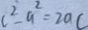
c ^ { 2 } - a ^ { 2 } = 2 a c